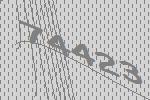
74423